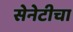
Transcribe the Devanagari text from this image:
सेनेटीचा